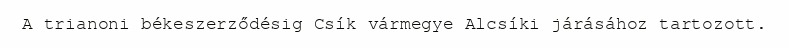
A trianoni békeszerződésig Csík vármegye Alcsíki járásához tartozott.